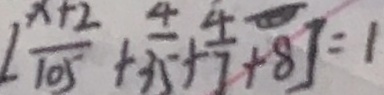
[ \frac { x + 2 } { 1 0 5 } + \frac { 4 } { 3 5 } + \frac { 4 } { 7 } + 8 ] = 1